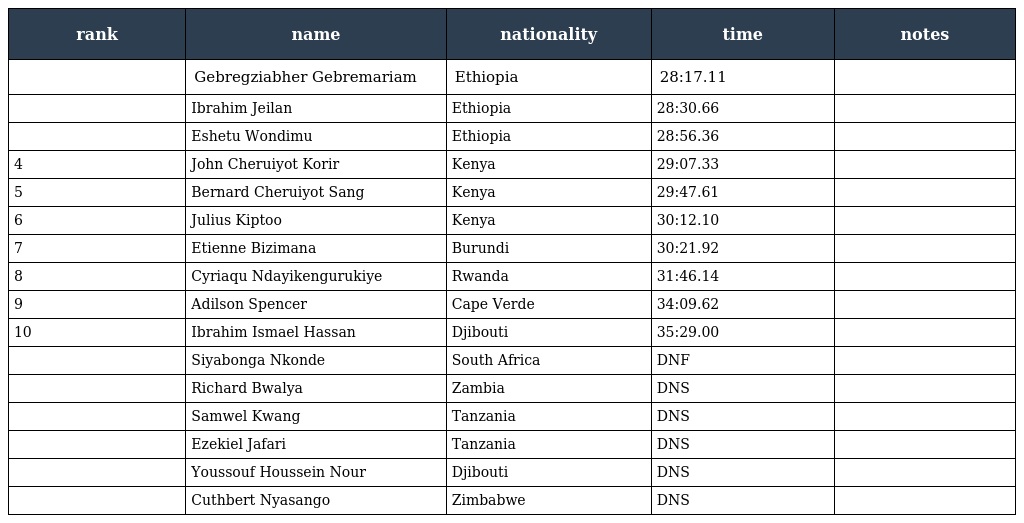
| rank | name | nationality | time | notes |
 | --- | --- | --- | --- | --- |
 |  | Gebregziabher Gebremariam | Ethiopia | 28:17.11 |  |
 |  | Ibrahim Jeilan | Ethiopia | 28:30.66 |  |
 |  | Eshetu Wondimu | Ethiopia | 28:56.36 |  |
 | 4 | John Cheruiyot Korir | Kenya | 29:07.33 |  |
 | 5 | Bernard Cheruiyot Sang | Kenya | 29:47.61 |  |
 | 6 | Julius Kiptoo | Kenya | 30:12.10 |  |
 | 7 | Etienne Bizimana | Burundi | 30:21.92 |  |
 | 8 | Cyriaqu Ndayikengurukiye | Rwanda | 31:46.14 |  |
 | 9 | Adilson Spencer | Cape Verde | 34:09.62 |  |
 | 10 | Ibrahim Ismael Hassan | Djibouti | 35:29.00 |  |
 |  | Siyabonga Nkonde | South Africa | DNF |  |
 |  | Richard Bwalya | Zambia | DNS |  |
 |  | Samwel Kwang | Tanzania | DNS |  |
 |  | Ezekiel Jafari | Tanzania | DNS |  |
 |  | Youssouf Houssein Nour | Djibouti | DNS |  |
 |  | Cuthbert Nyasango | Zimbabwe | DNS |  |